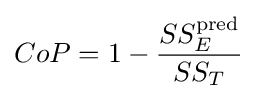
CoP=1-{\frac {SS_{E}^{\text{pred}}}{SS_{T}}}